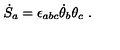
{ \dot { S } } _ { a } = \epsilon _ { a b c } { \dot { \theta } } _ { b } \theta _ { c } \ .